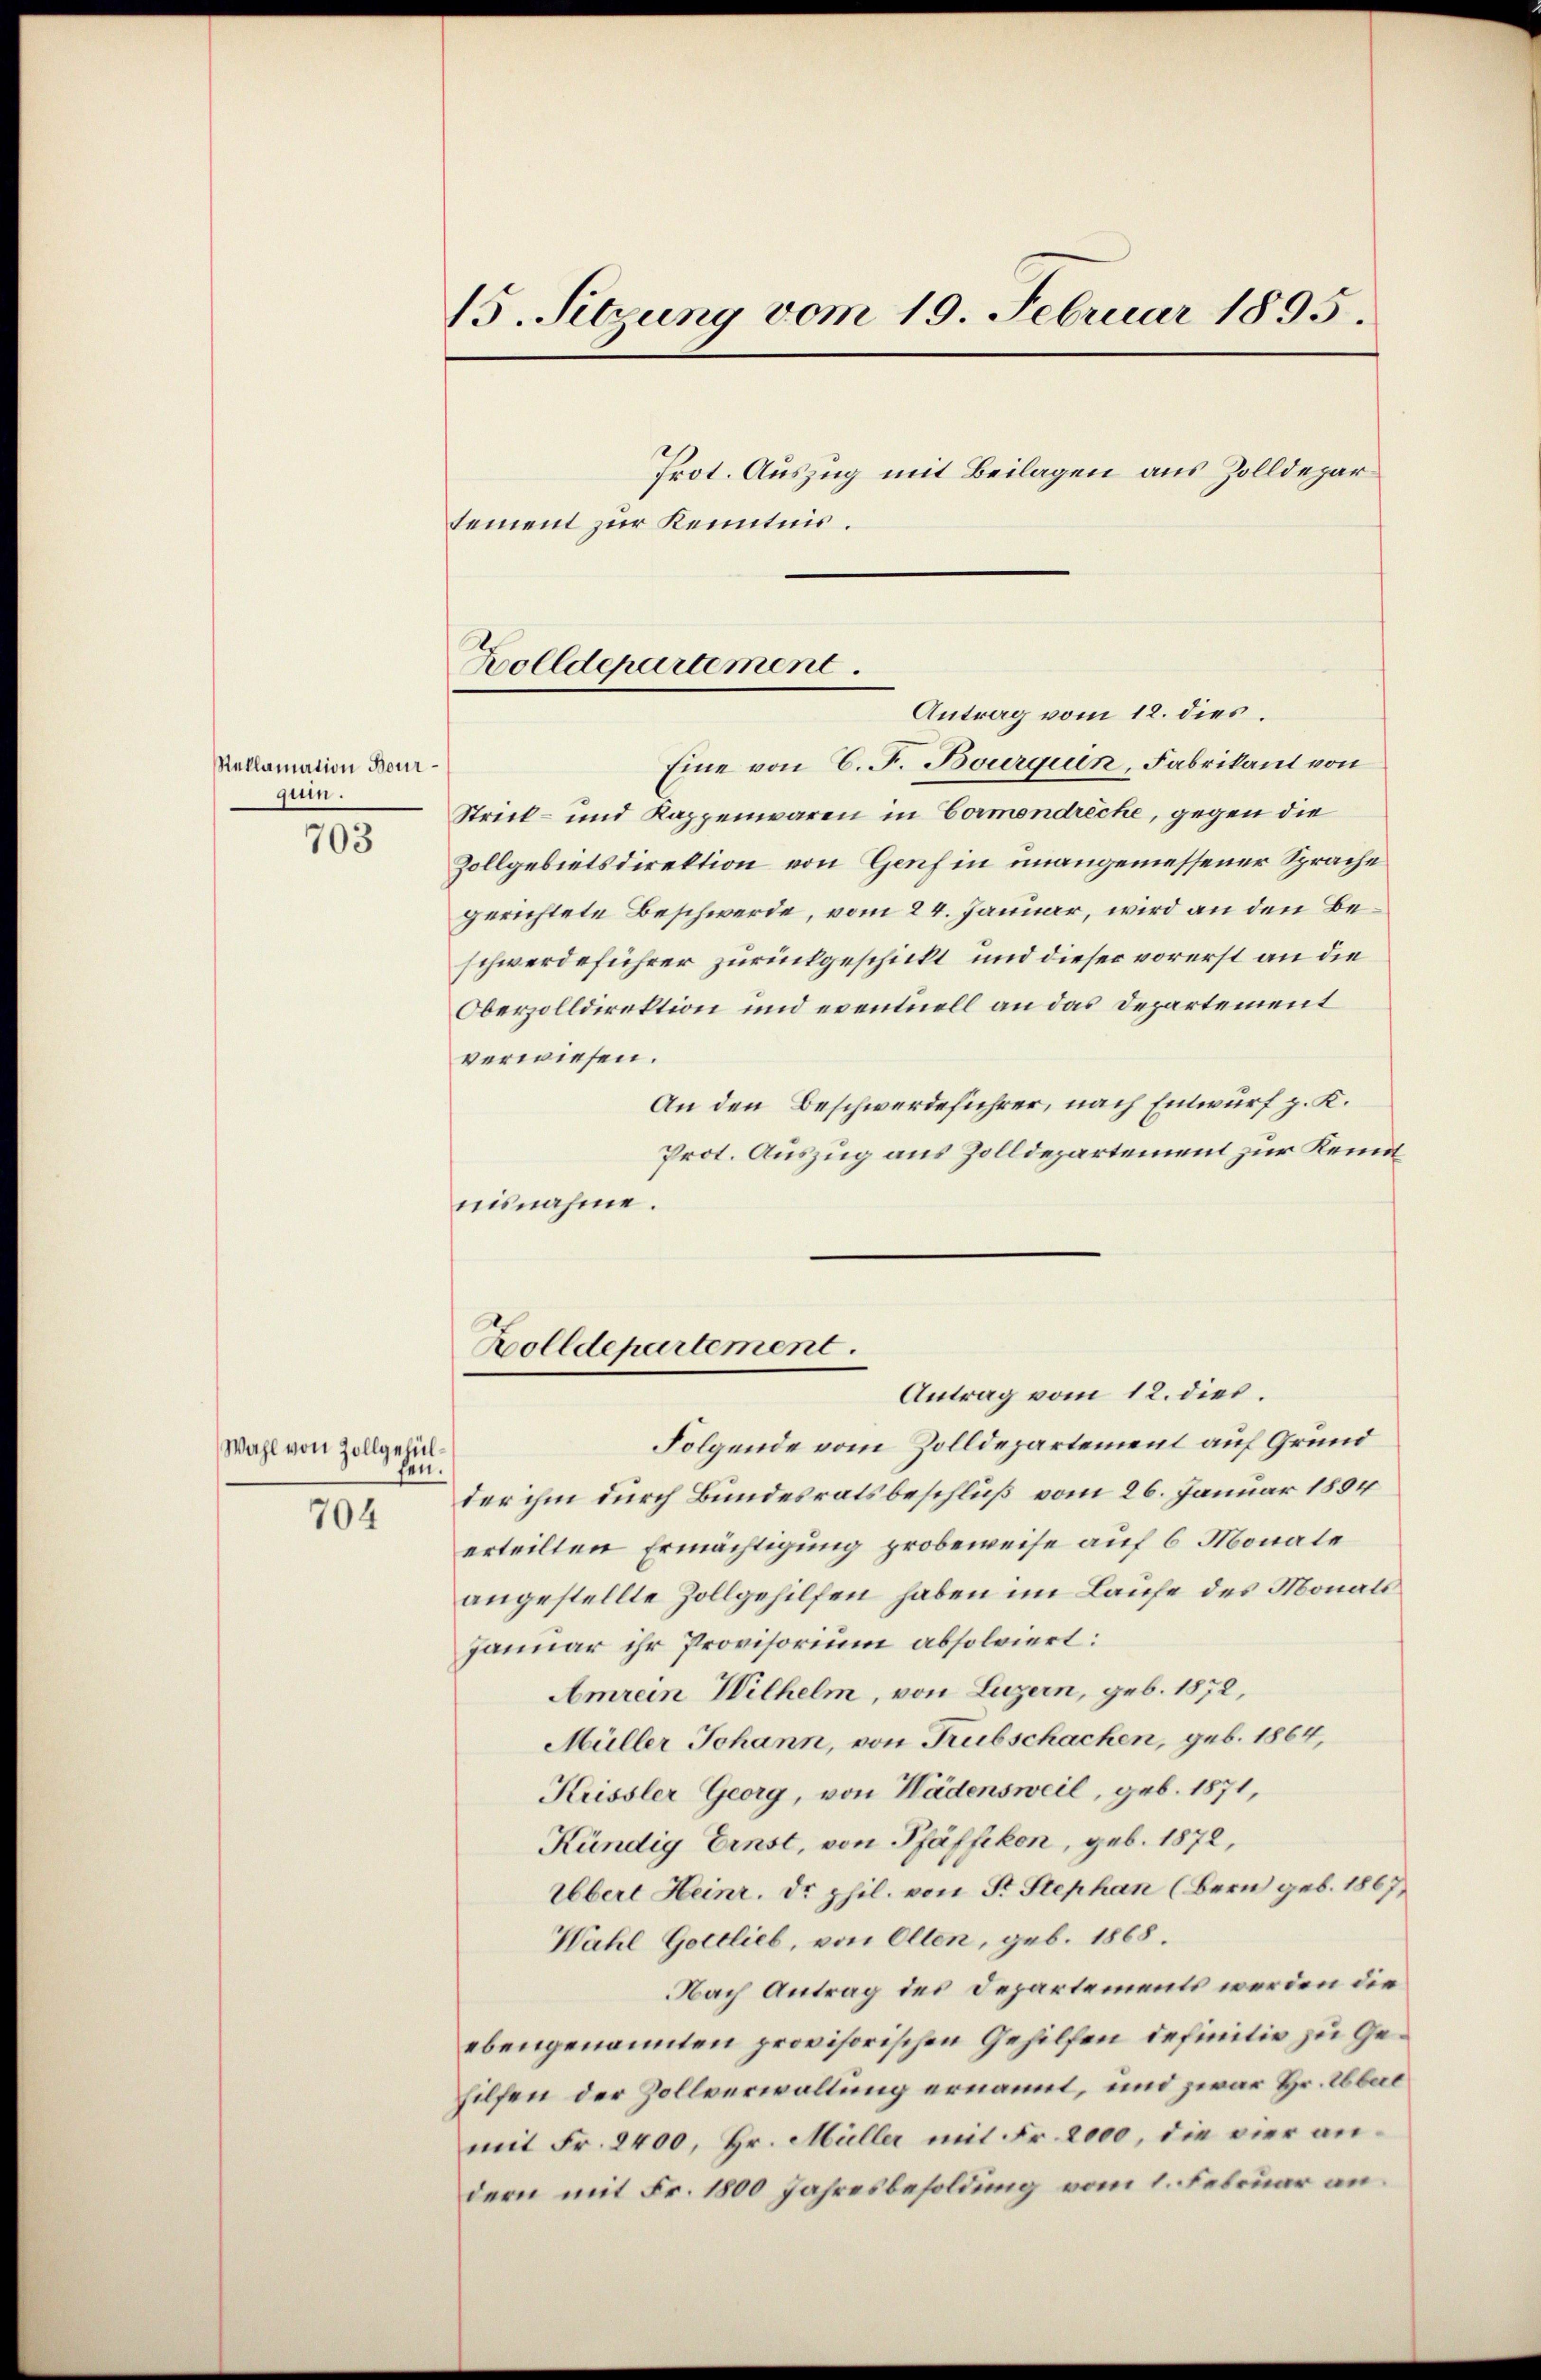
Reklamation Bourqui.

703

Wahl von Zollgehülfen.
704

15. Sitzung vom 19. Februar 1895.
Prot. Auszug mit Beilagen aus Zolldepartement zur Kenntnis.

Zolldepartement.

Antrag vom 12. dies
Eine von C. F. Bourgen, Fabrikant von
Streck- und Kappenwaren in Cormondreche, gegen die
Zollgebietsdirektion von Genf in unangemessener Sprache
gerichtete Beschwerde, vom 24. Januar, wird an den Beschwerdeführer zurückgeschickt und dieser vorerst an die
Oberzolldirektion und eventuell an das Departement
verwiesen.
An den Beschwerdeführer, nach Entwurf p. K.
Prot. Auszug aus Zolldepartement zur Kennt
nisnahme.

Holldepartement.
Antrag vom 12. dies.

Folgende vom Zolldepartement auf Grund
der ihm durch Bundesratsbeschluß vom 26. Januar 1894
erteilten Ermächtigung probeweise auf 6 Monate
angestellte Zollgehilfen haben im Laufe des Monats
Januar ihr Provisorium absolviert:
Amrein Wilhelm, von Luzern, geb. 1872,
Müller Johann, von Trubschachen, geb. 1864,
Küssler Georg, von Wädensweil, geb. 1871,
Kündig Ernst, von Pfäffikon, geb. 1872,
Übert Heinr. Dr. phil. von Fr. Stephan (Bern geb. 1867,
Wahl Gottlieb, von Olten, geb. 1868.
Nach Antrag des Departements werden die
ebengenannten provisorischen Gehilfen definitiv zu Gehilfen der Zollverwaltung ernannt, und zwar Hr. Überd
mit Fr. 2400, Hr. Müller mit Fr. 2000, die vier andern mit Fr. 1800 Jahresbesoldung vom 1. Februar an.